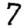
Digit: 7